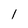
Character: 1